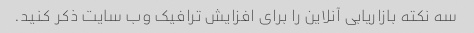
سه نکته بازاریابی آنلاین را برای افزایش ترافیک وب سایت ذکر کنید.